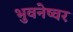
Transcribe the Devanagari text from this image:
भुवनेष्वर